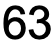
63